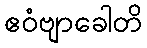
ဧဝံဗျာခေါတိ